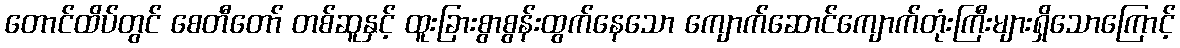
တောင်ထိပ်တွင် စေတီတော် တစ်ဆူနှင့် ထူးခြားစွာစွန်းထွက်နေသော ကျောက်ဆောင်ကျောက်တုံးကြီးများရှိသောကြောင့်